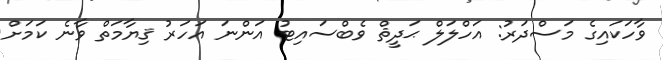
ވާހަކައިގެ މަސްދަރު: އަހްލަލް ޙަދީޘް ވެބްސައިޓު އަންނަ އަހަރު ޤިޔާމަތް ވާނެ ކަމަށް